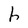
Character: h